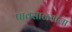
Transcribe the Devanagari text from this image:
पावसाळ्याला